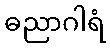
ဓညာဂါရံ